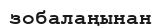
зобалаңынан